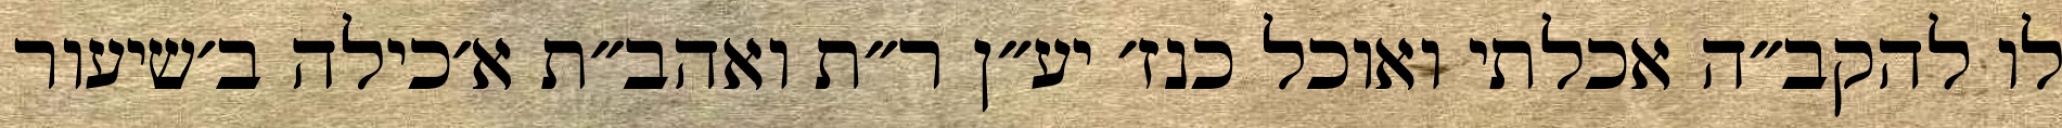
לו להקב״ה אכלתי ואוכל כנז׳ יע״ן ר״ת ואהב״ת א׳כילה ב׳שיעור